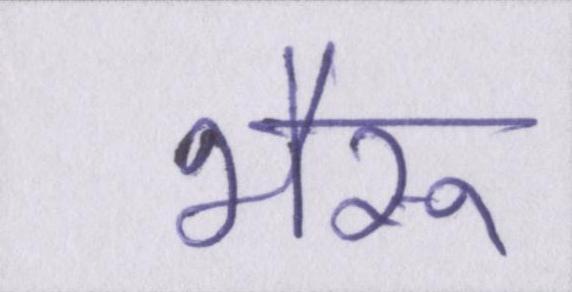
भैरू